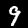
Digit: 9